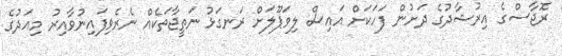
ރޮޖާސްގެ އިރުޝާދުގެ ދަށުން ފަހަކަށް އައިސް ލިވަޕޫލަަށް ރަނގަޅު ނަތީޖާތަކެއް ނެރެވިފައިނުވާއިރު މިއަދުގެ